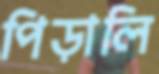
পিড়ালি